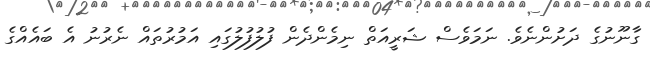
ގާނޫނުގެ ދަށުންނެވެ. ނަމަވެސް ޝަރީއަތް ނިމެންދެން ފުލުފުލުގައި އަމުރުތައް ނެރުނު އެ ބައެއްގެ